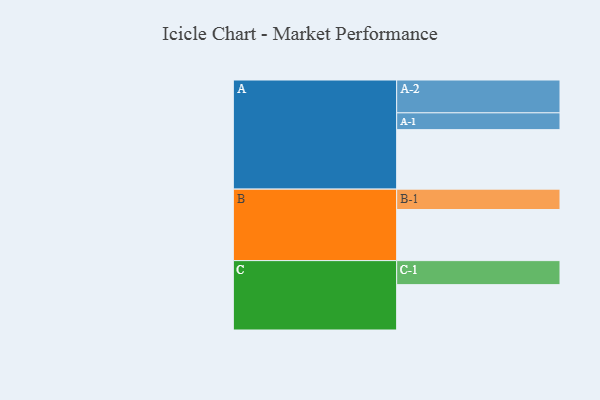
{"axis": {"x": "Segment", "y": "Value"}, "legend": ["", "A", "B", "C"], "data": [{"x": "A", "y": 542, "type": ""}, {"x": "B", "y": 465, "type": ""}, {"x": "C", "y": 413, "type": ""}, {"x": "A-1", "y": 153, "type": "A"}, {"x": "A-2", "y": 299, "type": "A"}, {"x": "B-1", "y": 186, "type": "B"}, {"x": "C-1", "y": 219, "type": "C"}]}